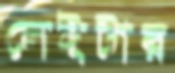
লেইটার